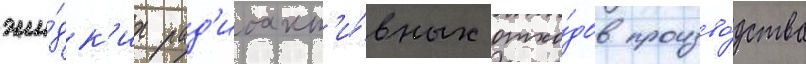
жи́дк'их рад'иоакт'и́вных отхо́дов произво́дства